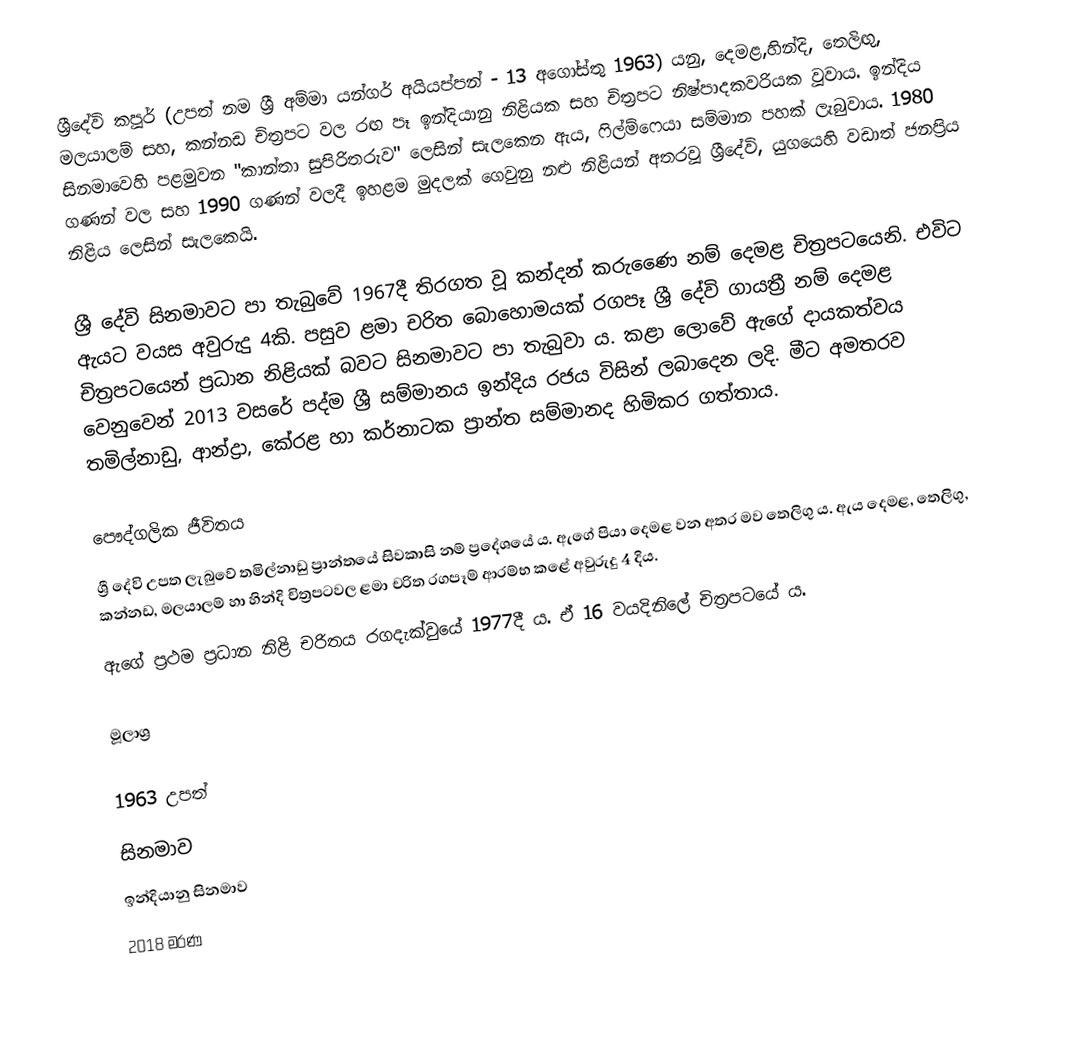
ශ්‍රීදේවි කපූර් (උපත් නම ශ්‍රී අම්මා යන්ගර් අයියප්පන් - 13 අගෝස්තු 1963) යනු,  දෙමළ,හින්දි, තෙලිඟු, මලයාලම් සහ, කන්නඩ චිත්‍රපට වල රඟ පෑ ඉන්දියානු නිළියක සහ චිත්‍රපට නිෂ්පාදකවරියක වූවාය. ඉන්දිය සිනමාවෙහි පළමුවන "කාන්තා සුපිරිතරුව" ලෙසින් සැලකෙන ඇය, ෆිල්ම්ෆෙයා සම්මාන පහක් ලැබුවාය. 1980 ගණන් වල සහ 1990 ගණන් වලදී ඉහළම මුදලක් ගෙවුනු නළු නිළියන් අතරවූ ශ්‍රීදේවි, යුගයෙහි වඩාත් ජනප්‍රිය නිළිය ලෙසින් සැලකෙයි.

ශ්‍රී දේවි සිනමාවට පා තැබුවේ 1967දී තිරගත වූ කන්දන් කරුණෛ නම් දෙමළ චිත්‍රපටයෙනි. එවිට ඇයට වයස අවුරුදු 4කි. පසුව ළමා චරිත බොහොමයක් රගපෑ ශ්‍රී දේවි ගායත්‍රී නම් දෙමළ චිත්‍රපටයෙන් ප්‍රධාන නිළියක් බවට සිනමාවට පා තැබුවා ය. කළා ලොවේ ඇගේ දායකත්වය වෙනුවෙන් 2013 වසරේ පද්ම ශ්‍රී සම්මානය ඉන්දිය රජය විසින් ලබාදෙන ලදි. මීට අමතරව තමිල්නාඩු, ආන්ද්‍රා, කේරළ හා කර්නාටක ප්‍රාන්ත සම්මානද හිමිකර ගත්තාය.

පෞද්ගලික ජීවිතය
ශ්‍රී දේවි උපත ලැබුවේ තමිල්නාඩු ප්‍රාන්තයේ සිවකාසි නම් ප්‍රදේශයේ ය. ඇගේ පියා දෙමළ වන අතර මව තෙලිගු ය. ඇය දෙමළ, තෙලිගු, කන්නඩ, මලයාලම් හා හින්දි චිත්‍රපටවල ළමා චරිත රගපෑම් ආරම්භ කළේ අවුරුදු 4 දිය.
ඇගේ ප්‍රථම ප්‍රධාන නිළි චරිතය රගදැක්වුයේ 1977දී ය. ඒ 16 වයදිනිලේ චිත්‍රපටයේ ය.

මූලාශ්‍ර

1963 උපත්
සිනමාව
ඉන්දියානු සිනමාව
2018 මරණ